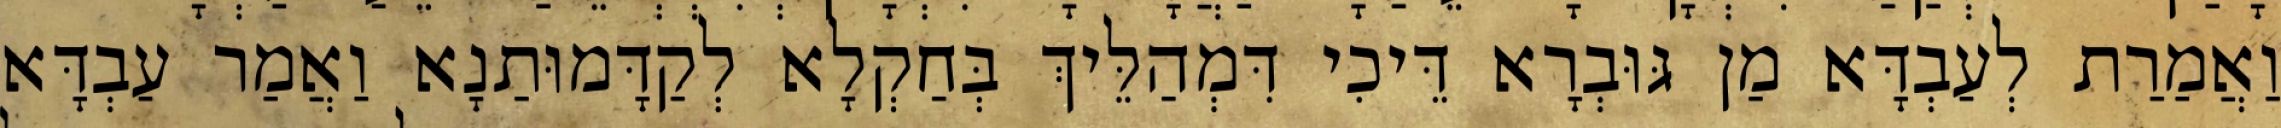
וַאֲמַרַת לְעַבְדָּא מַן גּוּבְרָא דֵּיכִי דִּמְהַלֵּיךְ בְּחַקְלָא לְקַדָּמוּתַנָא וַאֲמַר עַבְדָּא